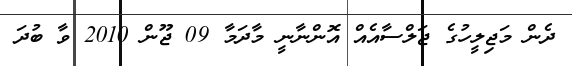
ދެން މަޖިލީހުގެ ޖަލްސާއެއް އޮންނާނީ މާދަމާ 09 ޖޫން 2010 ވާ ބުދަ